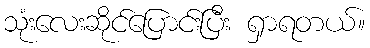
သုံးလေးဆိုင်ပြောင်းပြီး ရှာရတယ်။